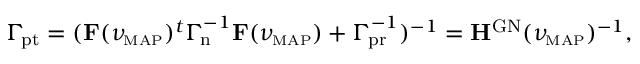
\begin{array} { r } { \ensuremath { \boldsymbol \Gamma _ { \! \mathrm { p t } } } = ( \mathbf F ( \ensuremath { \ensuremath { \boldsymbol \nu } _ { \! \mathrm { \scriptscriptstyle M A P } } } ) ^ { t } \ensuremath { \boldsymbol \Gamma _ { \! \mathrm { n } } } ^ { - 1 } \mathbf F ( \ensuremath { \ensuremath { \boldsymbol \nu } _ { \! \mathrm { \scriptscriptstyle M A P } } } ) + \ensuremath { \boldsymbol \Gamma _ { \! \mathrm { p r } } } ^ { - 1 } ) ^ { - 1 } = \mathbf H ^ { \mathrm { G N } } ( \ensuremath { \ensuremath { \boldsymbol \nu } _ { \! \mathrm { \scriptscriptstyle M A P } } } ) ^ { - 1 } , } \end{array}